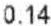
0.14